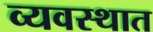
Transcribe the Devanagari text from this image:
व्यवस्थात